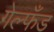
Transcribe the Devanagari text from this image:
गेल्फँड